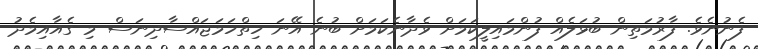
ފެނުނެވެ. ފާރުމަތިން ބުޅަލެއް ފުންމައިލީކަމަށް ވެދާނެކަމަށް ބުނެ އޭނަ ހިތްހަމަޖައްސާދިނަސް މި ގެއާއިމެދު